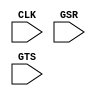
// $Header: /devl/xcs/repo/env/Databases/CAEInterfaces/xec_libs/data/unisims/STARTUP_SPARTAN3.v,v 1.1 2005/05/10 01:20:09 wloo Exp $
/*

FUNCTION	: Special Function Cell, STARTUP_SPARTAN3

*/

`celldefine
`timescale  100 ps / 10 ps

module STARTUP_SPARTAN3 (CLK, GSR, GTS);

    input  CLK, GSR, GTS;

// synopsys translate_off
    tri0 GSR, GTS;
// synopsys translate_on

endmodule